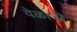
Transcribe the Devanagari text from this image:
वेळाची